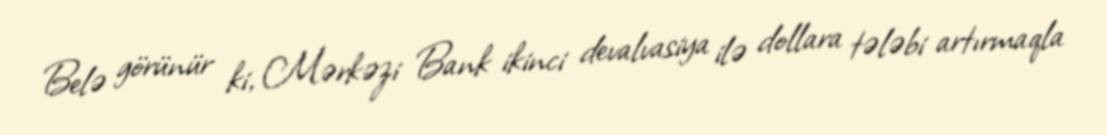
Belə görünür ki, Mərkəzi Bank ikinci devalvasiya ilə dollara tələbi artırmaqla